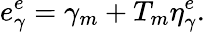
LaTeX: e_{\gamma}^{e}=\gamma_{m}+T_{m}\eta_{\gamma}^{e}.